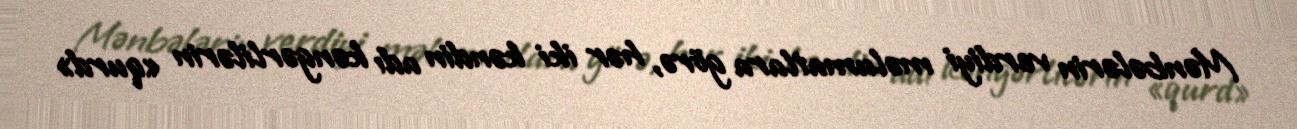
Mənbələrin verdiyi məlumatlara görə, hər iki kəndin adı kəngərlilərin «qurd»